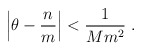
\begin{align*}\left| \theta - \frac{n}{m} \right| < \frac{1}{M m^2}\ .\end{align*}